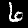
Digit: 6